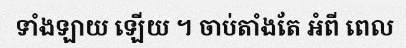
ទាំងឡាយ ឡើយ ។ ចាប់តាំងតែ អំពី ពេល